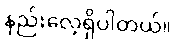
နည်းလေ့ရှိပါတယ်။